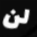
لن